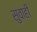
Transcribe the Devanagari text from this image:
सुवाही